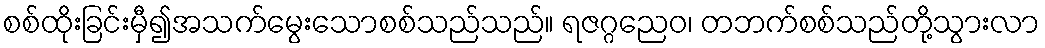
စစ်ထိုးခြင်းမှီ၍အသက်မွေးသောစစ်သည်သည်။ ရဇဂ္ဂညေဝ၊ တဘက်စစ်သည်တို့သွားလာ